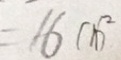
= 1 6 c m ^ { 2 }